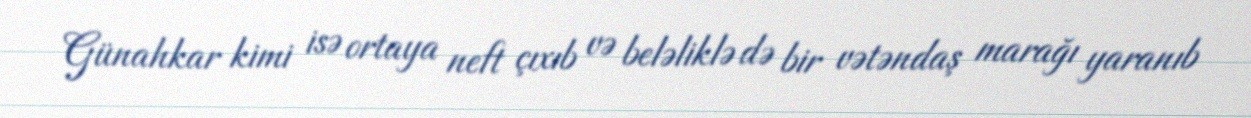
Günahkar kimi isə ortaya neft çıxıb və beləliklə də bir vətəndaş marağı yaranıb